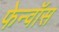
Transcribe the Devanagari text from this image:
फेन्‍वॉस